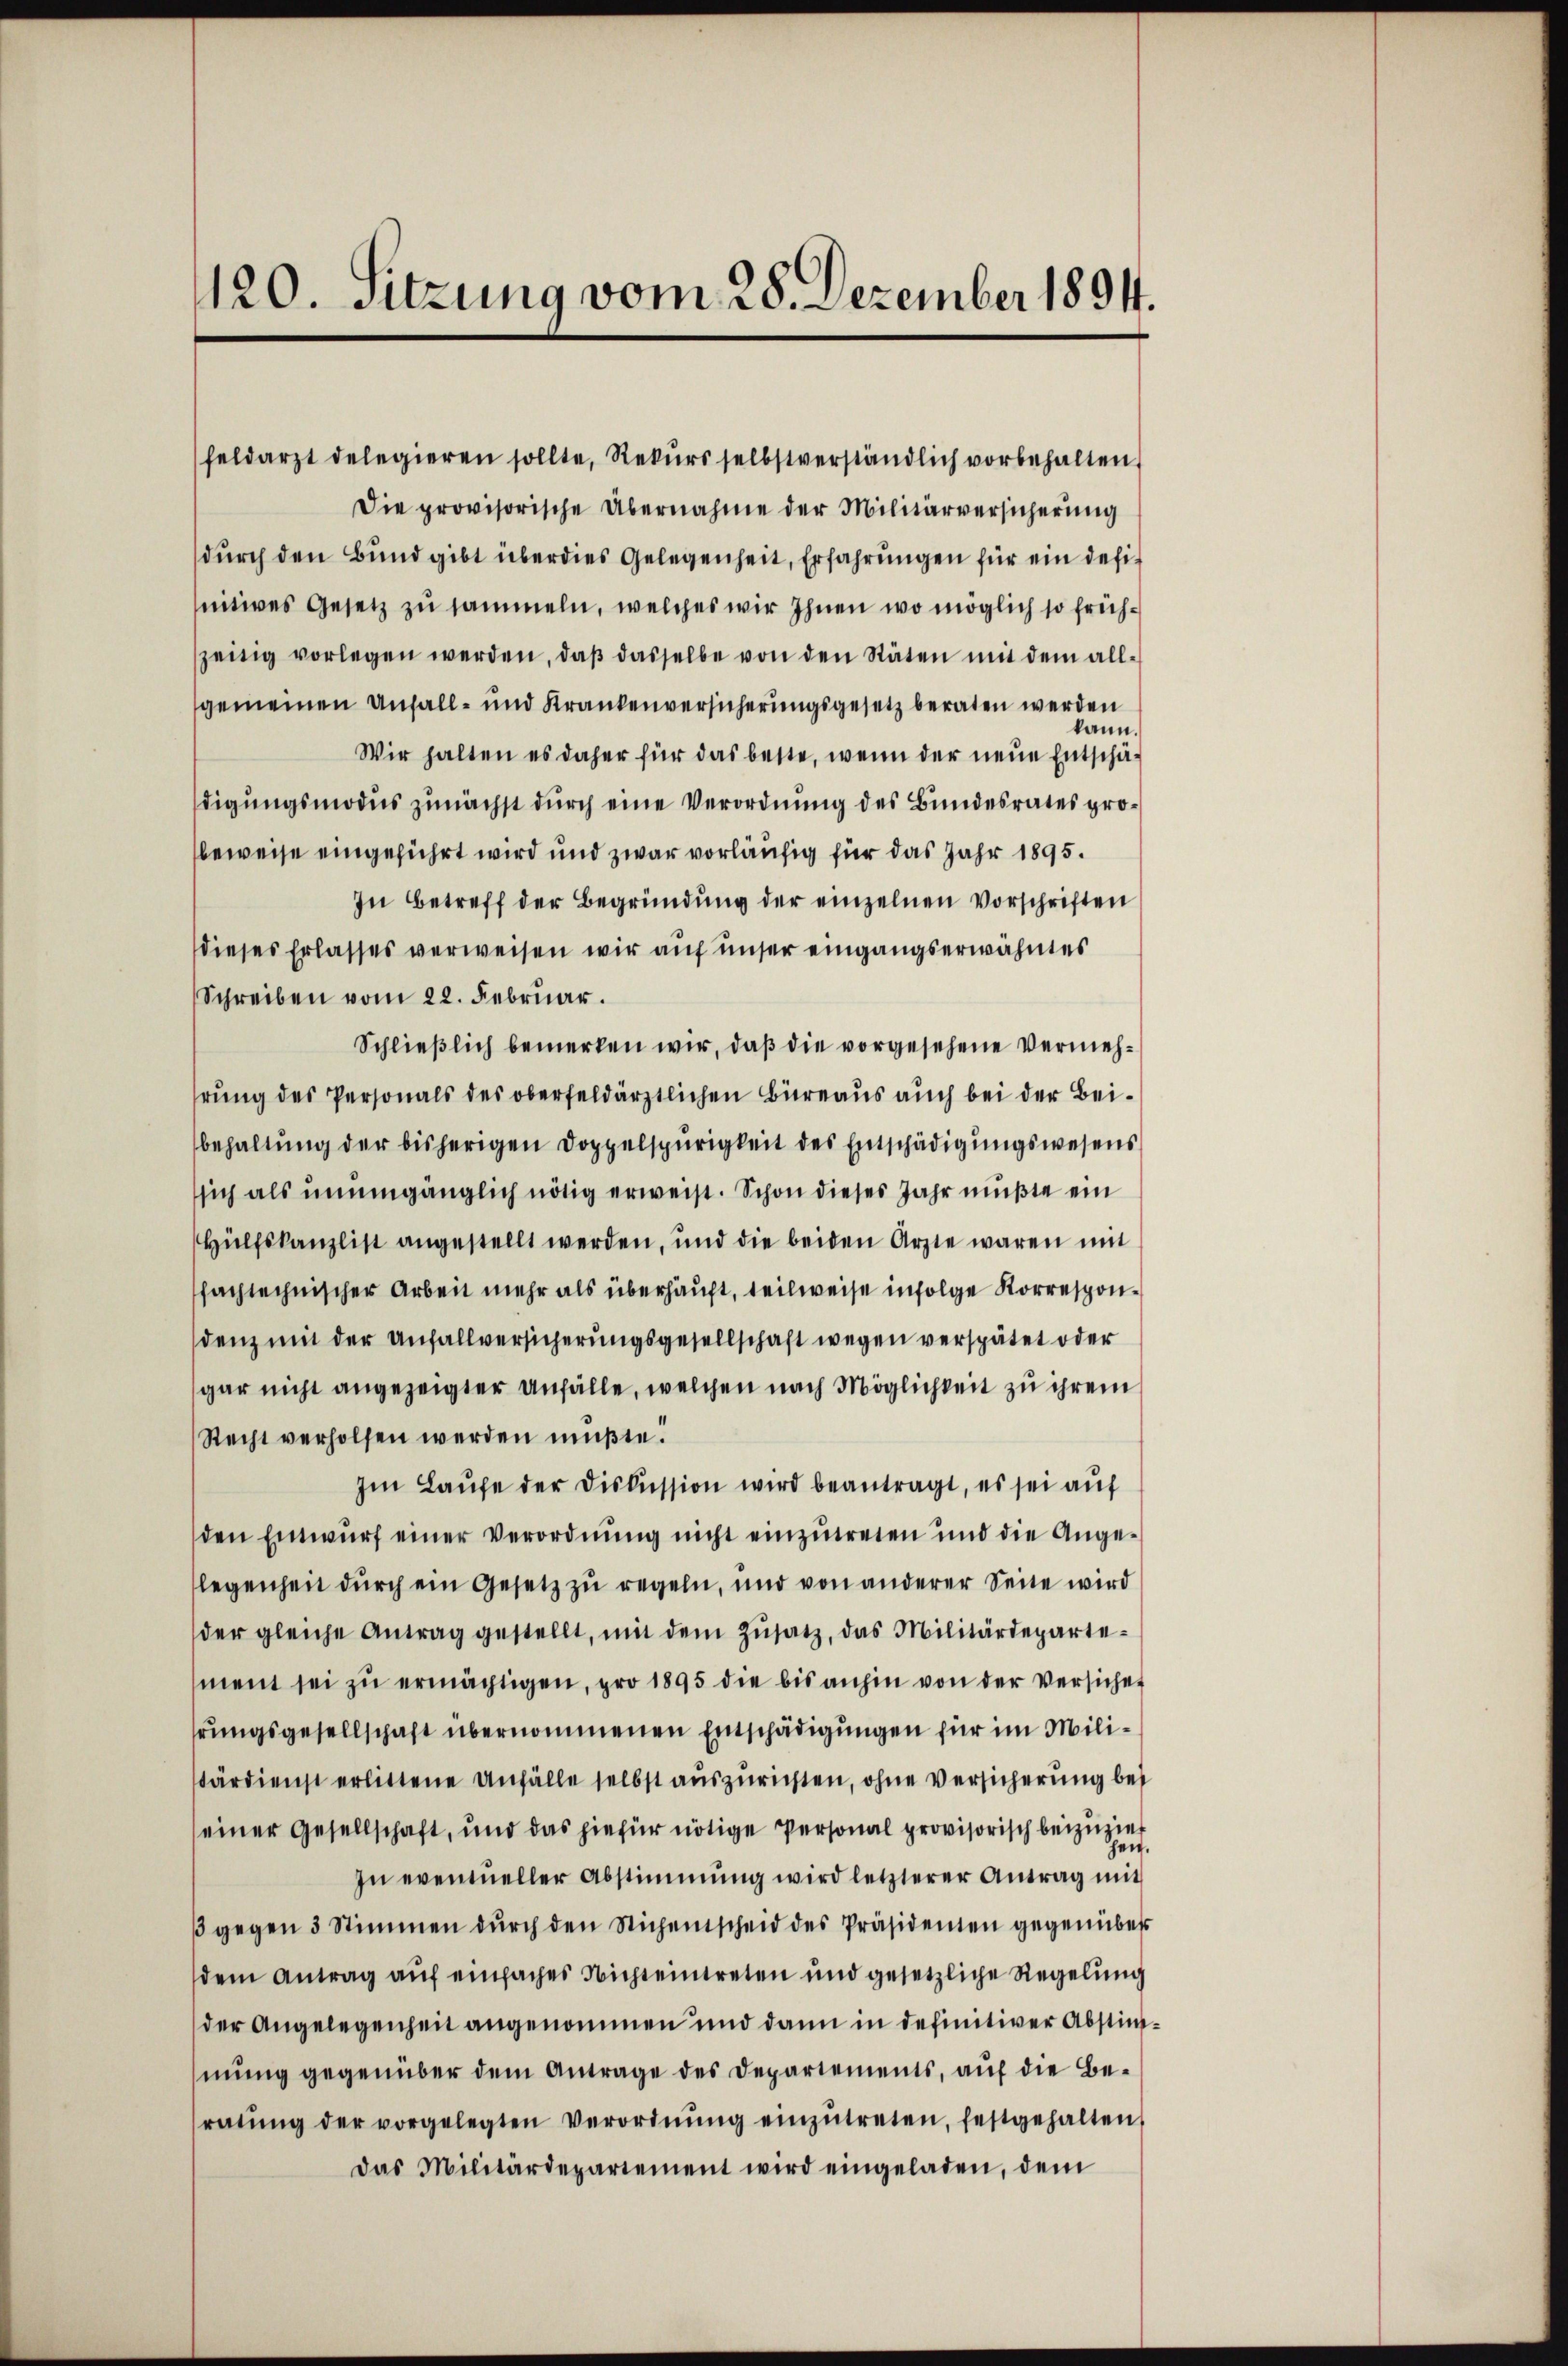
120. Sitzung vom 28. Dezember 1894.

feldarzt delegieren sollte, Rekŭrs selbstverständlich vorbehalten
Die provisorische Übernahme der Militärversicherung
dŭrch den Bund gibt überdies Gelegenheit, Erfahrungen für ein definitives Gesetz zu sammeln, welches wir Ihnen wo möglich so frühszeitig vorlegen werden, daß dasselbe von den Stäten mit dem allgemeinen Unfall- und Krankenversicherungsgesetz beraten werden
kann.
Wir halten es daher für das beste, wenn der neue Entschädigungsmodus zunächst durch eine Verordnung des Bundesrates probeweise eingeführt wird und zwar vorläufig für das Jahr 1895.
In Betreff der Begründung der einzelnen Vorschriften
dieses Erlasses verweisen wir auf unser eingangserwähntes
Schreiben vom 22. Februar.
Schließlich bemerken wir, daß die vorgesehene Vermehhrung des Personals des oberfeldärztlichen Büreaus auch bei der Beibehaltŭng der bisherigen Doppelspurigkeit des Entschädigungswesens
sich als unumgänglich nötig erweist. Schon dieses Jahr mußte ein
Hülfskanzlist angestellt werden, und die beiden Arzte waren mit
fachtechnischer Arbeit mehr als überhaupt, teilweise infolge Korrespondenz mit der Anfallversicherungsgesellschaft wegen verspätet oder
gar nicht angezeigter anfälle, welchen nach Möglichkeit zu ihrem
Recht verholfen werden müßte.
Im Laŭfe der Diskussion wird beantragt, es sei auf
den Einwurf einer Verordnung nicht einzutreten und die Ange-
legenheit durch ein Gesetz zu regeln, und von anderer Seite wird
der gleiche Antrag gestellt, mit dem Zŭsatz, das Militärdeparte-
ment sei zu ermächtigen, pro 1895 die bis anhin von der Versichet
hrungsgesellschaft übernommenen Entschädigungen für im Milistärdienst erlittene Unfälle selbst auszurichten, ohne Versicherung bei
einer Gesellschaft, und das hiefür nötige Personal provisorisch beizuzier
hen.
In eventueller Abstimmung wird letzterer Antrag mit
3 gegen 3 Stimmen durch den Sichenscheid des Präsidenten gegenüber
dem Antrag auf einfaches Nichteintreten und gesetzliche Regelung
der Angelegenheit angenommen und dann in definitiver Abstimmung gegenüber dem Antrage des Departements, auf die Beratŭng der vorgelegten Verordnŭng einzŭtreten, festgehalten
Das Militärdepartement wird eingeladen, dem